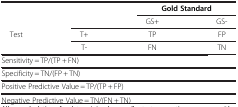
<table><thead><tr><td><b> </b></td><td><b> </b></td><td colspan="2"><b>Gold Standard</b></td></tr></thead><tbody><tr><td> </td><td> </td><td>GS+</td><td>GS-</td></tr><tr><td>Test</td><td>T+</td><td>TP</td><td>FP</td></tr><tr><td> </td><td>T-</td><td>FN</td><td>TN</td></tr><tr><td colspan="4">Sensitivity = TP/(TP + FN)</td></tr><tr><td colspan="4">Specificity = TN/(FP + TN)</td></tr><tr><td colspan="4">Positive Predictive Value = TP/(TP + FP)</td></tr><tr><td colspan="4">Negative Predictive Value = TN/(FN + TN)</td></tr></tbody></table>